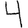
Digit: 4